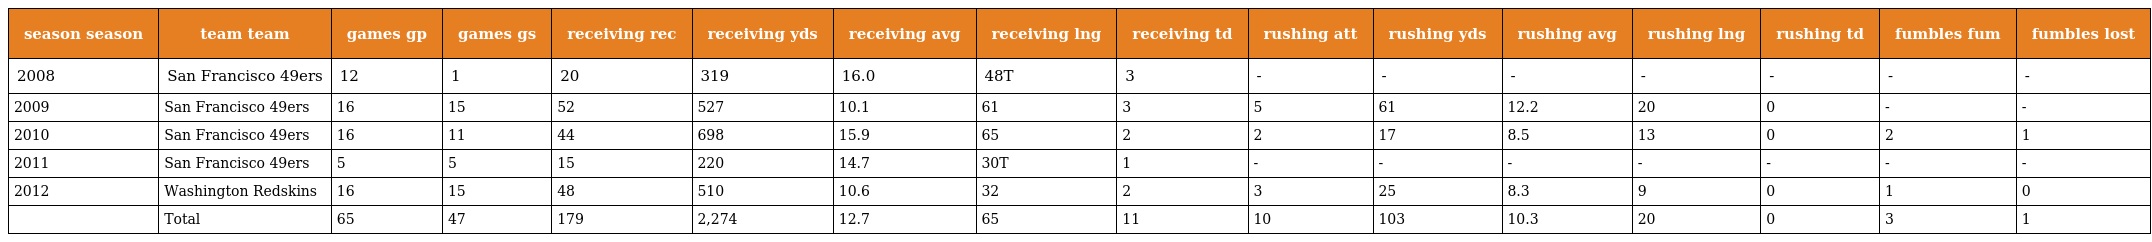
| season season | team team | games gp | games gs | receiving rec | receiving yds | receiving avg | receiving lng | receiving td | rushing att | rushing yds | rushing avg | rushing lng | rushing td | fumbles fum | fumbles lost |
 | --- | --- | --- | --- | --- | --- | --- | --- | --- | --- | --- | --- | --- | --- | --- | --- |
 | 2008 | San Francisco 49ers | 12 | 1 | 20 | 319 | 16.0 | 48T | 3 | - | - | - | - | - | - | - |
 | 2009 | San Francisco 49ers | 16 | 15 | 52 | 527 | 10.1 | 61 | 3 | 5 | 61 | 12.2 | 20 | 0 | - | - |
 | 2010 | San Francisco 49ers | 16 | 11 | 44 | 698 | 15.9 | 65 | 2 | 2 | 17 | 8.5 | 13 | 0 | 2 | 1 |
 | 2011 | San Francisco 49ers | 5 | 5 | 15 | 220 | 14.7 | 30T | 1 | - | - | - | - | - | - | - |
 | 2012 | Washington Redskins | 16 | 15 | 48 | 510 | 10.6 | 32 | 2 | 3 | 25 | 8.3 | 9 | 0 | 1 | 0 |
 |  | Total | 65 | 47 | 179 | 2,274 | 12.7 | 65 | 11 | 10 | 103 | 10.3 | 20 | 0 | 3 | 1 |